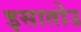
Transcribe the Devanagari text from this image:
इसातोउ